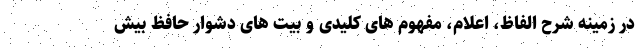
در زمینه شرح الفاظ، اعلام، مفهوم های کلیدی و بیت های دشوار حافظ بیش